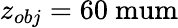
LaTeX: z_{obj}=60\mathrm{\ mum}